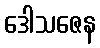
ဒေါသဇေန